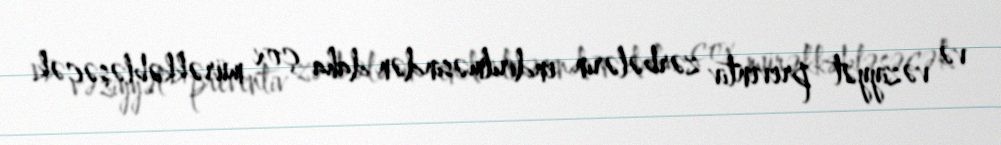
və vəziyyət preventiv zərbələrin endirilməsindən daha çox mürəkkəbləşəcək.